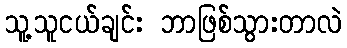
သူ့သူငယ်ချင်း ဘာဖြစ်သွားတာလဲ